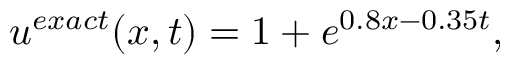
\begin{array} { r } { u ^ { e x a c t } ( x , t ) = 1 + e ^ { 0 . 8 x - 0 . 3 5 t } , } \end{array}